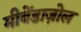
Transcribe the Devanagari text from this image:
मीबेंडाज़ोल